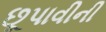
છૂપાવીની